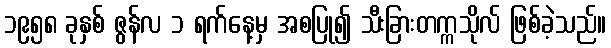
၁၉၅၈ ခုနှစ် ဇွန်လ ၁ ရက်နေ့မှ အစပြု၍ သီးခြားတက္ကသိုလ် ဖြစ်ခဲ့သည်။